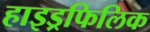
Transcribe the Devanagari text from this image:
हाइड्रफिलिक